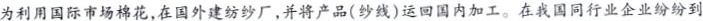
为利用国际市场棉花，在国外建纺纱厂，并将产品(纱线)运回国内加工。在我国同行业企业纷纷到